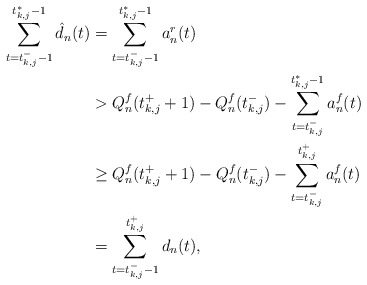
\begin{align*} \sum_{t = t_{k,j}^- -1}^{t_{k,j}^* -1} \hat{d}_n(t) &= \sum_{t = t_{k,j}^- -1}^{t_{k,j}^* -1} a_n^r(t) \\ & > Q_n^f(t_{k,j}^+ +1) - Q_n^f(t_{k,j}^-) - \sum_{t = t_{k,j}^-}^{t_{k,j}^* -1} a_n^{f}(t) \\ & \geq Q_n^f(t_{k,j}^+ +1) - Q_n^f(t_{k,j}^-) - \sum_{t = t_{k,j}^-}^{t_{k,j}^+ } a_n^{f}(t) \\ & = \sum_{t = t_{k,j}^- -1}^{t_{k,j}^+} d_n(t),\end{align*}